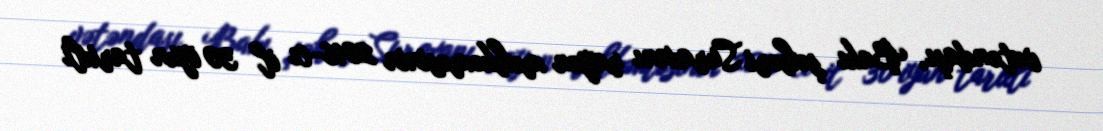
vətəndaşı, Bakı şəhəri Suraxanı rayon məhkəməsinin 2016-cı il 30 iyun tarixli